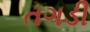
તગડી